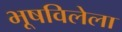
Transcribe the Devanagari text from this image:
भूषविलेला